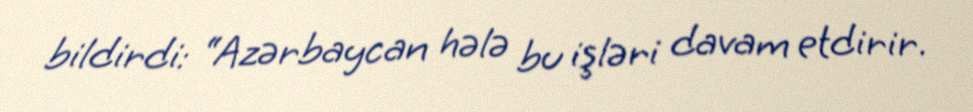
bildirdi: “Azərbaycan hələ bu işləri davam etdirir.